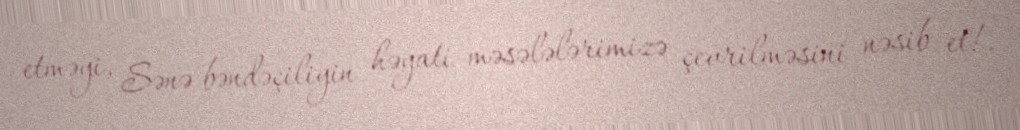
etməyi, Sənə bəndəçiliyin həyati məsələlərimizə çevrilməsini nəsib et!.